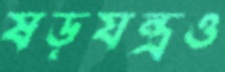
ষড়যন্ত্রও